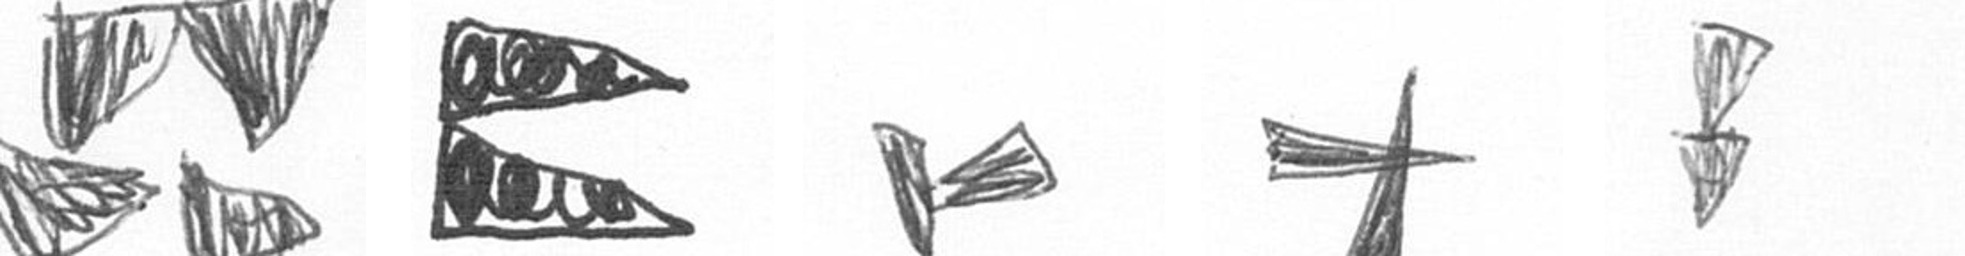
B P F G Z